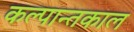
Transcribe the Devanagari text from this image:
कल्पान्तकाल